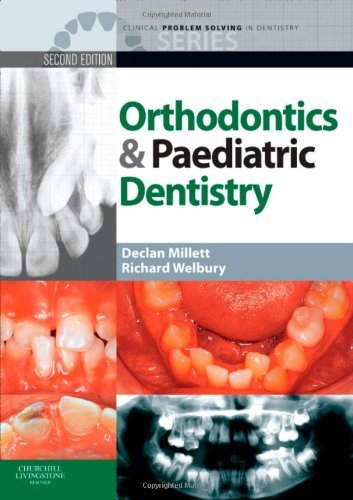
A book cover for By Declan Millett BDSc DDS FDSRCPS FDSRCS DOrthRCSEng MOrthRCSEng: Clinical Problem Solving in Dentistry: Orthodontics and Paediatric Dentistry, 2e Second (2nd) 2/E Edition TEXTBOOK (Non Kindle) [PAPERBACK]; -Author-; Medical Books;